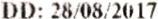
DD: 28/08/2017